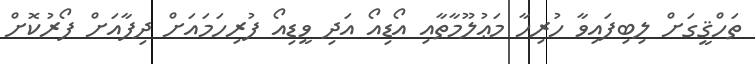
ތަހްޤީގަށް ލިބިފައިވާ ހުރިހާ މަޢުލޫމާތާއި އޯޑިއޯ އަދި ވީޑިއޯ ފުރިހަމައަށް ދިފާއަށް ފޯރުކޮށް